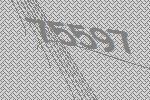
75597